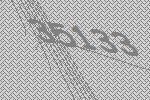
35133